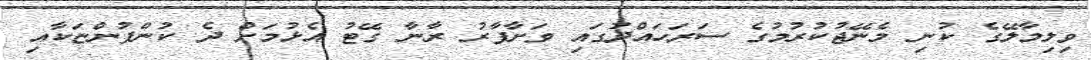
ވިލިމާލޭގެ ކުނި މެނޭޖުކުރުމުގެ ސަރަހައްދުގައި ވަށާފާރު ރާނާ ގޭޓު އެޅުމަށް ދެ ކުންފުންޏަކާއި